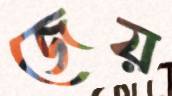
জেয়